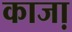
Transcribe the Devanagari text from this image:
काजा़